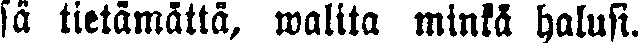
sä tietämättä, walita minkä halusi.